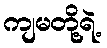
ကျမတို့ရဲ့